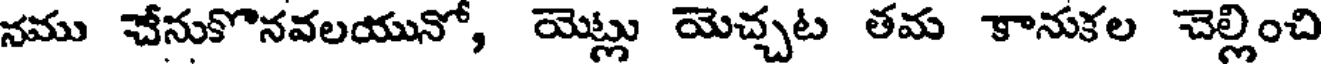
నము చేనుకొనవలయునో, యెట్లు యెచ్చట తమ కానుకల చెల్లించి